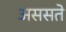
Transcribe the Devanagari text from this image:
अससते